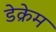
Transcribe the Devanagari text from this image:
डेक्रेम